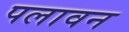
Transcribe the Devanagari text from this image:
पलावन